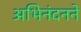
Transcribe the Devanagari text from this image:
अभिनंदनने